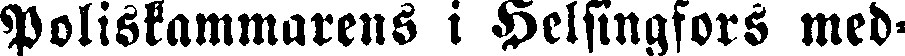
Poliskammarens i Helsingfors med-